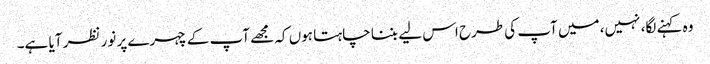
وہ کہنے لگا، نہیں، میں آپ کی طرح اس لیے بننا چاہتا ہوں کہ مجھے آپ کے چہرے پر نور نظر آیا ہے۔